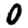
Digit: 0